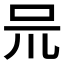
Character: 𠯚